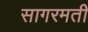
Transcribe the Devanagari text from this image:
सागरमती